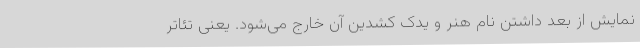
نمایش از بعد داشتن نام هنر و یدک کشدین آن خارج می‌شود. یعنی تئاتر